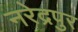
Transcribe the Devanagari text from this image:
नरेद्रपुर